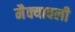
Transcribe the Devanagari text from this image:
मैक्यावली